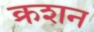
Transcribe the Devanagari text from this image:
क्रशन